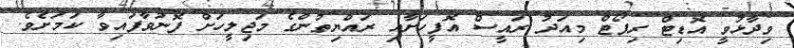
ވިދާޅުވީ އޮޑިޓް ރިޕޯޓް މިއަދު ރައީސް އޮފީހަށާއި ރައްޔިތުންގެ މަޖިލީހަށް ފޮނުވާފައިވާ ކަމަށެވެ.